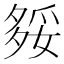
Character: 𡖲